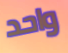
واحد